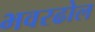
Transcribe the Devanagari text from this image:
भवरढोल